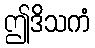
ဤဒိသကံ